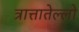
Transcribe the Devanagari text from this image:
त्रात्तातेल्लो